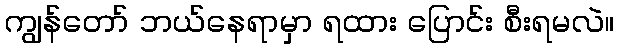
ကျွန်တော် ဘယ်နေရာမှာ ရထား ပြောင်း စီးရမလဲ။